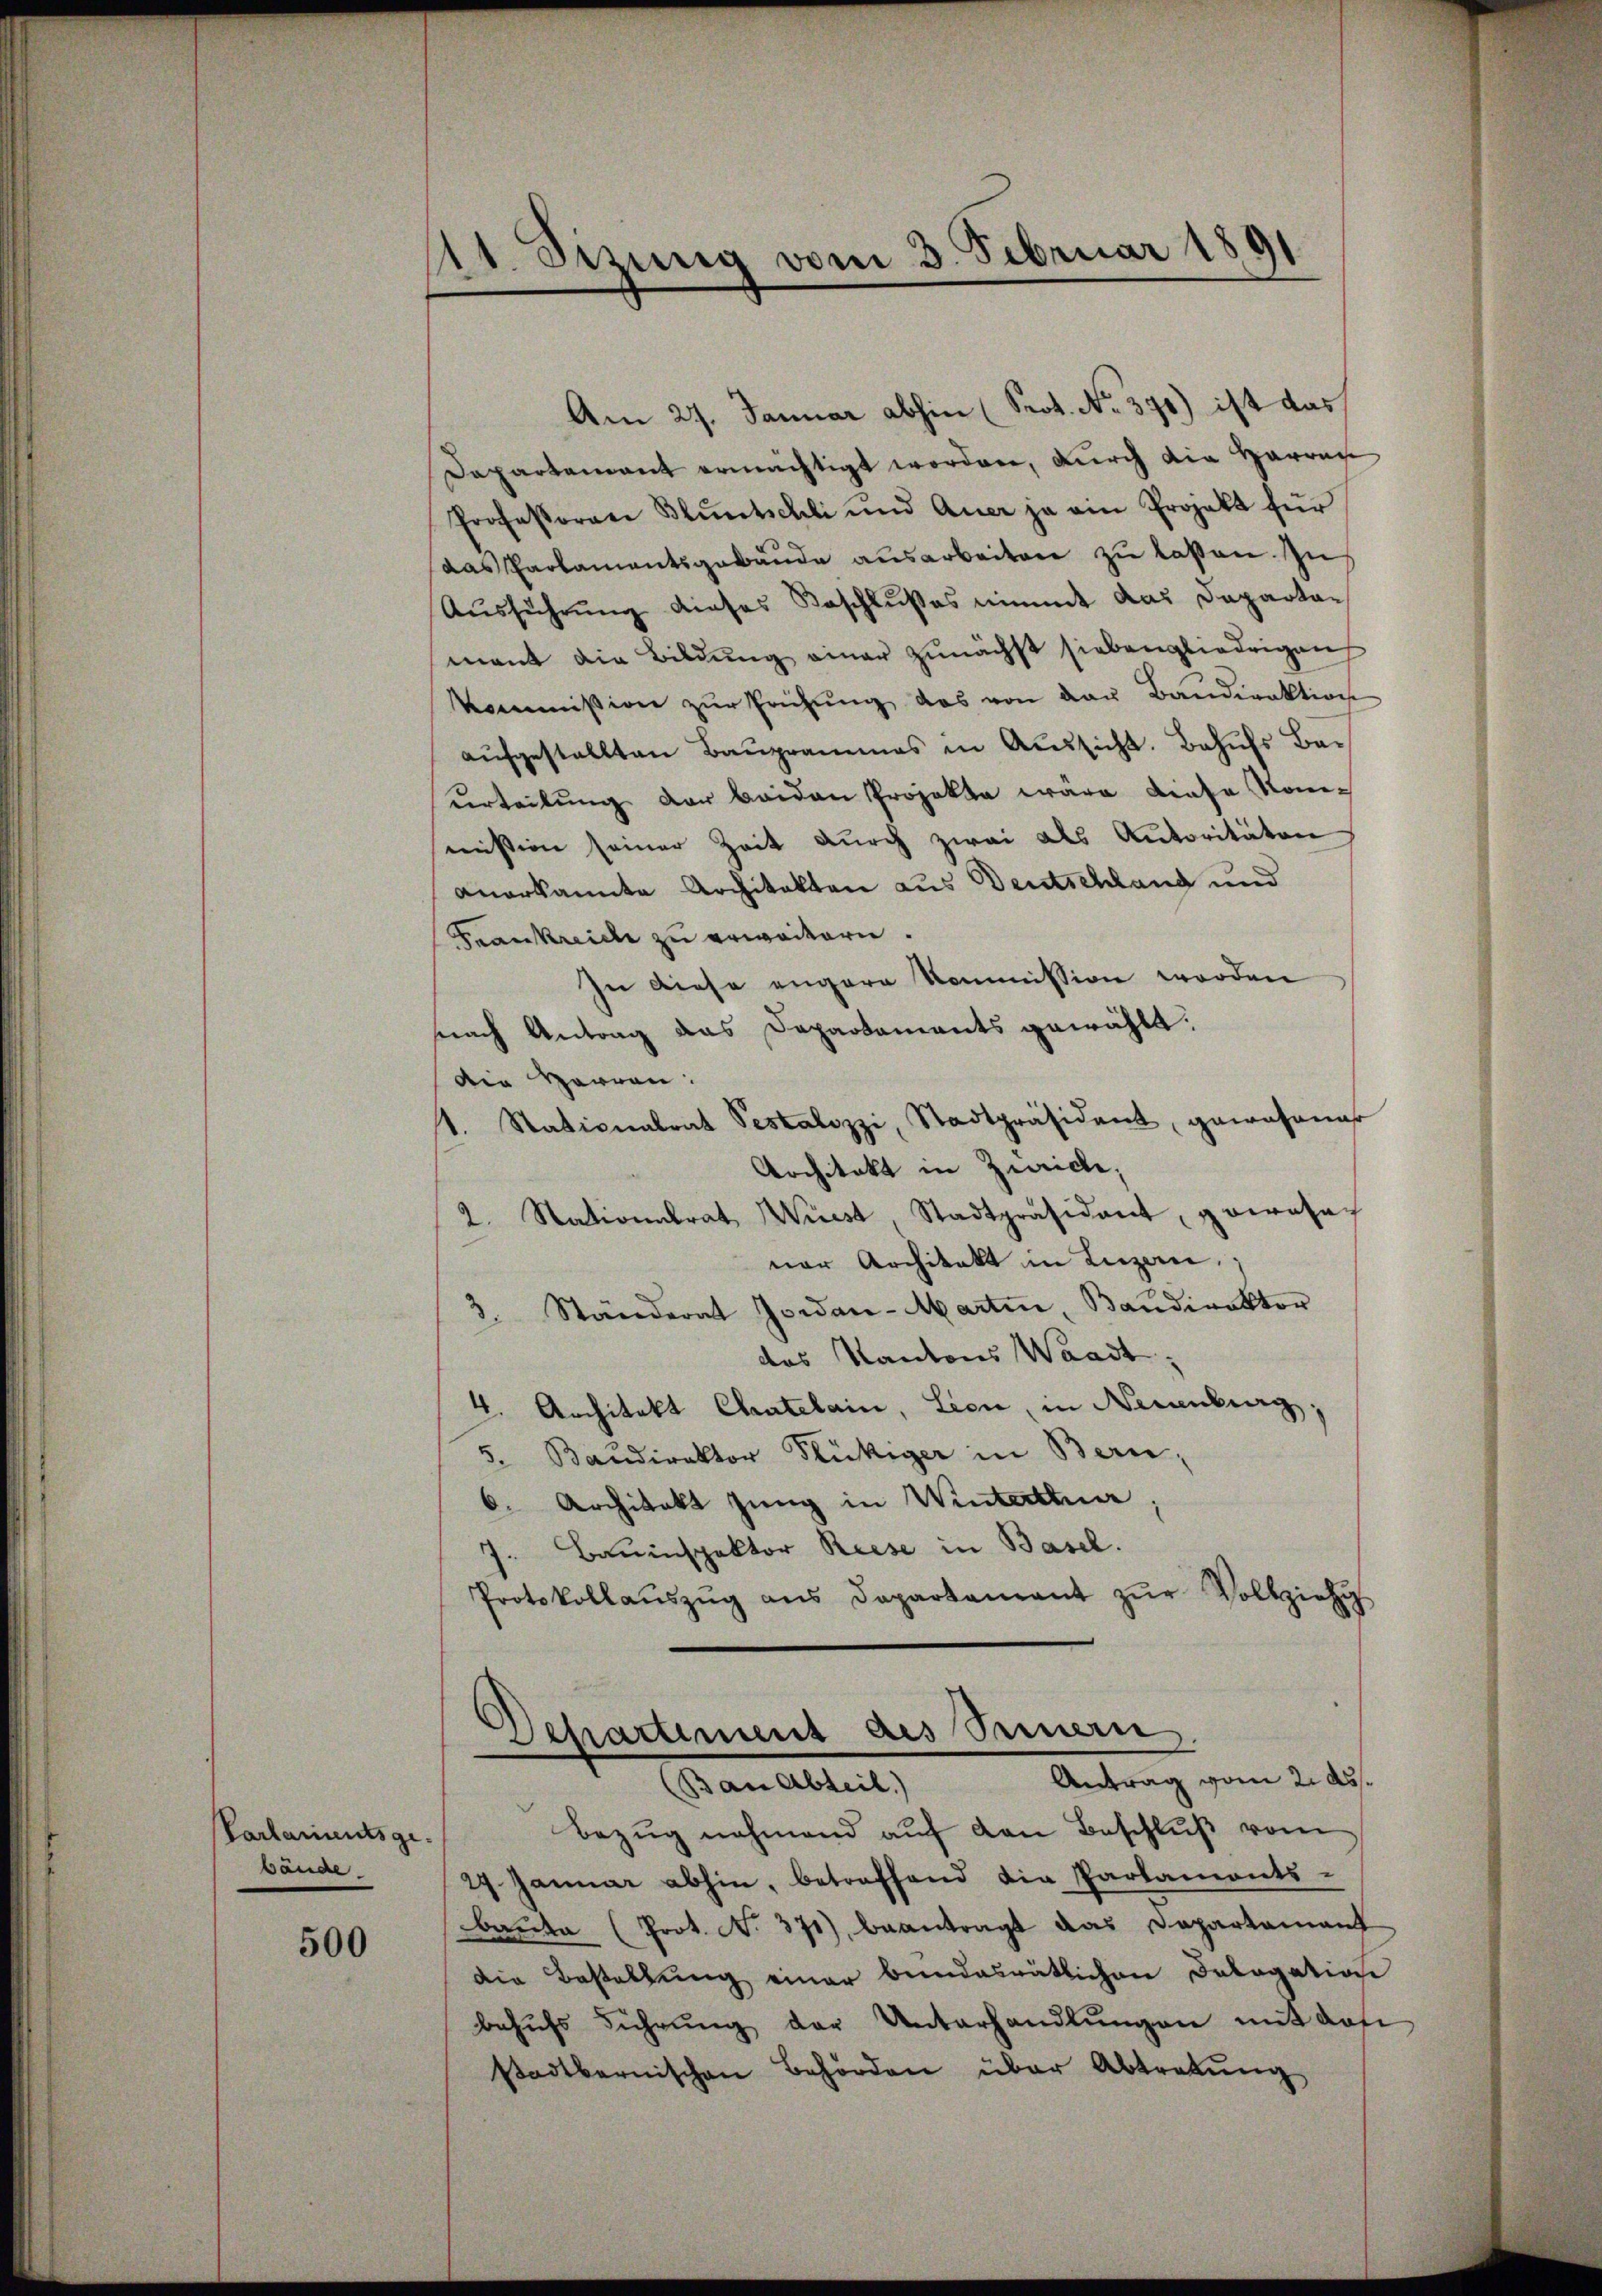
Parlamentsgebände.

500

1. Sizung vom 3. Februar 1891

Am 27. Januar abhin (Prot. No. 371) ist das
Dapartement ermächtigt worden, durch die Harren
Professorene Blŭntschli und Auer ja ein Projekt für
das Parlamentsgebäŭde ausarbeiten zu laßen. In
Aŭsführŭng dieses Beschlußes nimmt das Departa-
mant die Bildung einer zunächst siebengliedrigen
kommission zŭr Prüfŭng das von der Bandirektion
aŭfgestellten Baŭprammes in Aŭssicht. Behŭfs Bar
uerteilŭng der beiden Projekte wäre diese Kommission seiner Zeit dŭrch zwai als Autoritäten
anerkannte Architekten aus Deutschland und
Frankreiche zu erweitern.
In diese engere Kommission worden
snach Antrag das Departements gewählt:
die Herren:
1. Stationalrat Pestalozzi, Stadtpräsident, gewesener
Architekt in Zürich,
2. Nationalrat Wüest, Stadtpräsident, pocosa
ner Architekt in Luzern,
3. Ständerat Jowan-Martin, Baŭdirektor
des Kantons Waadt,
4. Architekt Chatelain, Lion, in Neuenburg,
5. Baudirektor Flückiger in Bern,
C. Architekt jung in Winterthur.
J. Bauinspektor Reise in Basel.
Protokollaŭszŭg ans Departamant zŭr Vollziehu

Departement des Seinern
Antrag vom 2. Ass
(Ban Abteil)

Bezŭg nehmend aŭf den Beschlŭβ vom
29. Januar abhin, betreffend die Parlaments-
baŭte (Prot. No. 371), beantragt das Departamant
die Bestellŭng einer bundesrätlichen Dologation
behŭfs Führŭng der Unterhandlŭngen mit das
stadtbernischen Behörden über Abtretŭng